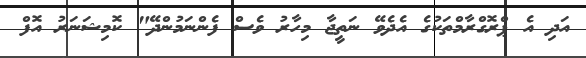
އަދި އެ ޕްރޮގްރާމްތަކުގެ އެދެވޭ ނަތީޖާ މިހާރު ވެސް ފެންނަމުންދޭ" ކޮމިޝަނަރު އޮފް